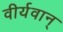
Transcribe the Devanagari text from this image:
वीर्यवान्